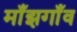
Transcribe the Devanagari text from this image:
माँझगाँव